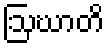
ဩဃာတိ